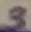
Text: 3